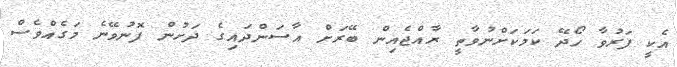
އެކީ ފަރުވާ ހޯދޭ ކަމަކަށްނުވާތީ ރާއްޖެއިން ބޭރަށް އާސަންދައިގެ ދަށުން ފޮނުވޭނެ މަގެއްވެސް